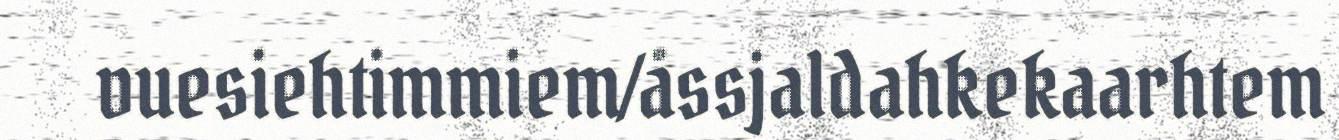
vuesiehtimmiem/åssjaldahkekaarhtem